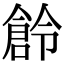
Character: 𠏧